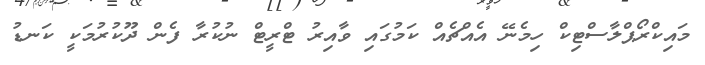
މައިކްރޯޕްލާސްޓިކް ހިމެނޭ އެއްޗެއް ކަމުގައި ވާއިރު ޓްރީޓް ނުކުރާ ފެން ދޫކުރުމަކީ ކަނޑު